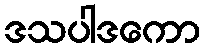
ဒသပါဒကော